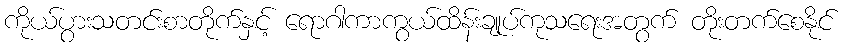
ကိုယ်ပွားသတင်းစာတိုက်နှင့် ရောဂါကာကွယ်ထိန်းချုပ်ကုသရေးအတွက် တိုးတက်စေနိုင်